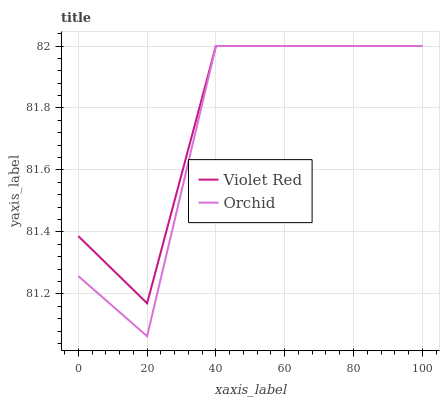
| xaxis_label | Violet Red | Orchid |
 | --- | --- | --- |
 | 0 | 81.4 | 81.3 |
 | 20 | 81.2 | 81.1 |
 | 40 | 82 | 82 |
 | 60 | 82 | 82 |
 | 80 | 82 | 82 |
 | 100 | 82 | 82 |